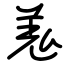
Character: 羗